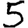
Digit: 5